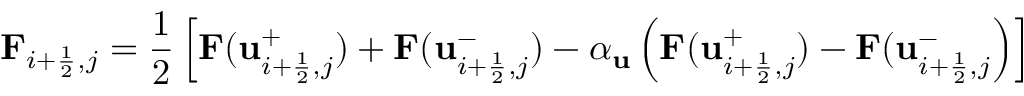
\mathbf F _ { i + \frac { 1 } { 2 } , j } = \frac { 1 } { 2 } \left[ \mathbf F ( \mathbf u _ { i + \frac { 1 } { 2 } , j } ^ { + } ) + \mathbf F ( \mathbf u _ { i + \frac { 1 } { 2 } , j } ^ { - } ) - \alpha _ { \mathbf u } \left( \mathbf F ( \mathbf u _ { i + \frac { 1 } { 2 } , j } ^ { + } ) - \mathbf F ( \mathbf u _ { i + \frac { 1 } { 2 } , j } ^ { - } \right) \right]